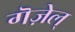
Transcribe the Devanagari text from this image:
गॆज़ेल्